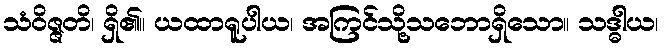
သံဝိဇ္ဇတိ၊ ရှိ၏။ ယထာရူပါယ၊ အကြင်သို့သဘောရှိသော။ သဒ္ဓါယ၊